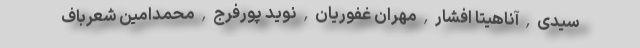
سیدی , آناهیتا افشار , مهران غفوریان , نوید پورفرج , محمدامین شعرباف